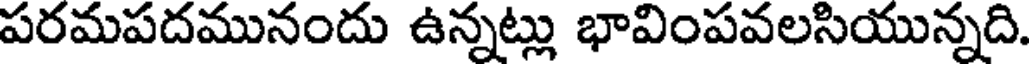
పరమపదమునందు ఉన్నట్లు భావింపవలసియున్నది.